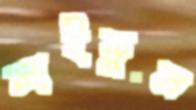
সাইয়ুম